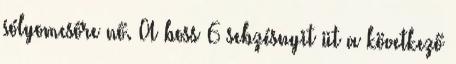
sólyomcsőre nő. A boss 6 sebzésnyit üt a következő